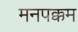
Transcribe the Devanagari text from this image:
मनपक्कम